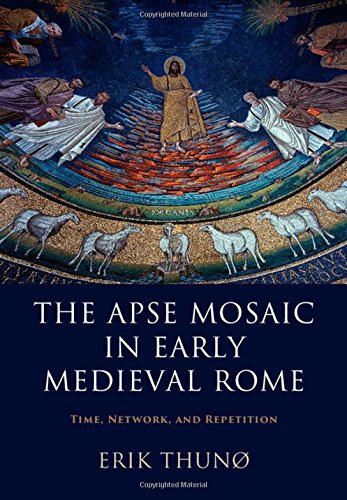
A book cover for The Apse Mosaic in Early Medieval Rome: Time, Network, and Repetition; Erik ThunÃ¸; Crafts, Hobbies & Home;